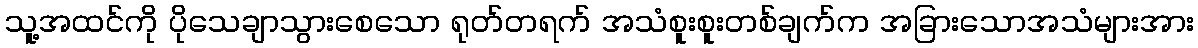
သူ့အထင်ကို ပိုသေချာသွားစေသော ရုတ်တရက် အသံစူးစူးတစ်ချက်က အခြားသောအသံများအား